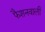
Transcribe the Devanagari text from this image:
फैशनवाली